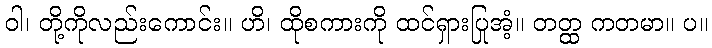
ဝါ၊ တို့ကိုလည်းကောင်း။ ဟိ၊ ထိုစကားကို ထင်ရှားပြုအံ့။ တတ္ထ ကတမာ။ ပ။